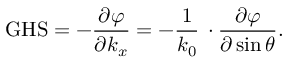
\mathrm { G H S } = - \frac { \partial \varphi } { \partial k _ { x } } = - \frac { 1 } { k _ { 0 } } \, \cdot \frac { \partial \varphi } { \partial \sin \theta } .